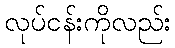
လုပ်ငန်းကိုလည်း